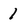
Character: 1